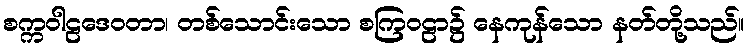
စက္ကဝါဠဒေဝတာ၊ တစ်သောင်းသော စကြဝဠာ၌ နေကုန်သော နတ်တို့သည်။